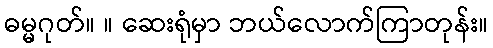
ဓမ္မဂုတ်။ ။ ဆေးရုံမှာ ဘယ်လောက်ကြာတုန်း။